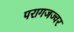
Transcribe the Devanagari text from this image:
परागजज्वर